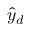
{ \hat { y } } _ { d }